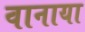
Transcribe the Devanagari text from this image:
वानाया